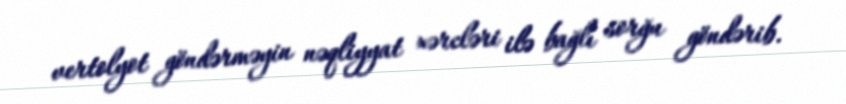
vertolyot göndərməyin nəqliyyat xərcləri ilə bağlı sorğu göndərib.